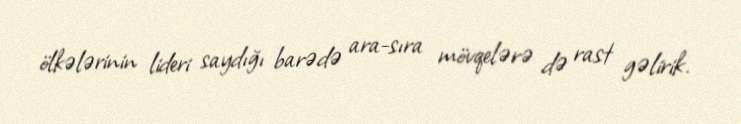
ölkələrinin lideri saydığı barədə ara-sıra mövqelərə də rast gəlirik.